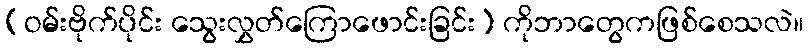
(ဝမ်းဗိုက်ပိုင်း သွေးလွှတ်ကြောဖောင်းခြင်း) ကိုဘာတွေကဖြစ်စေသလဲ။